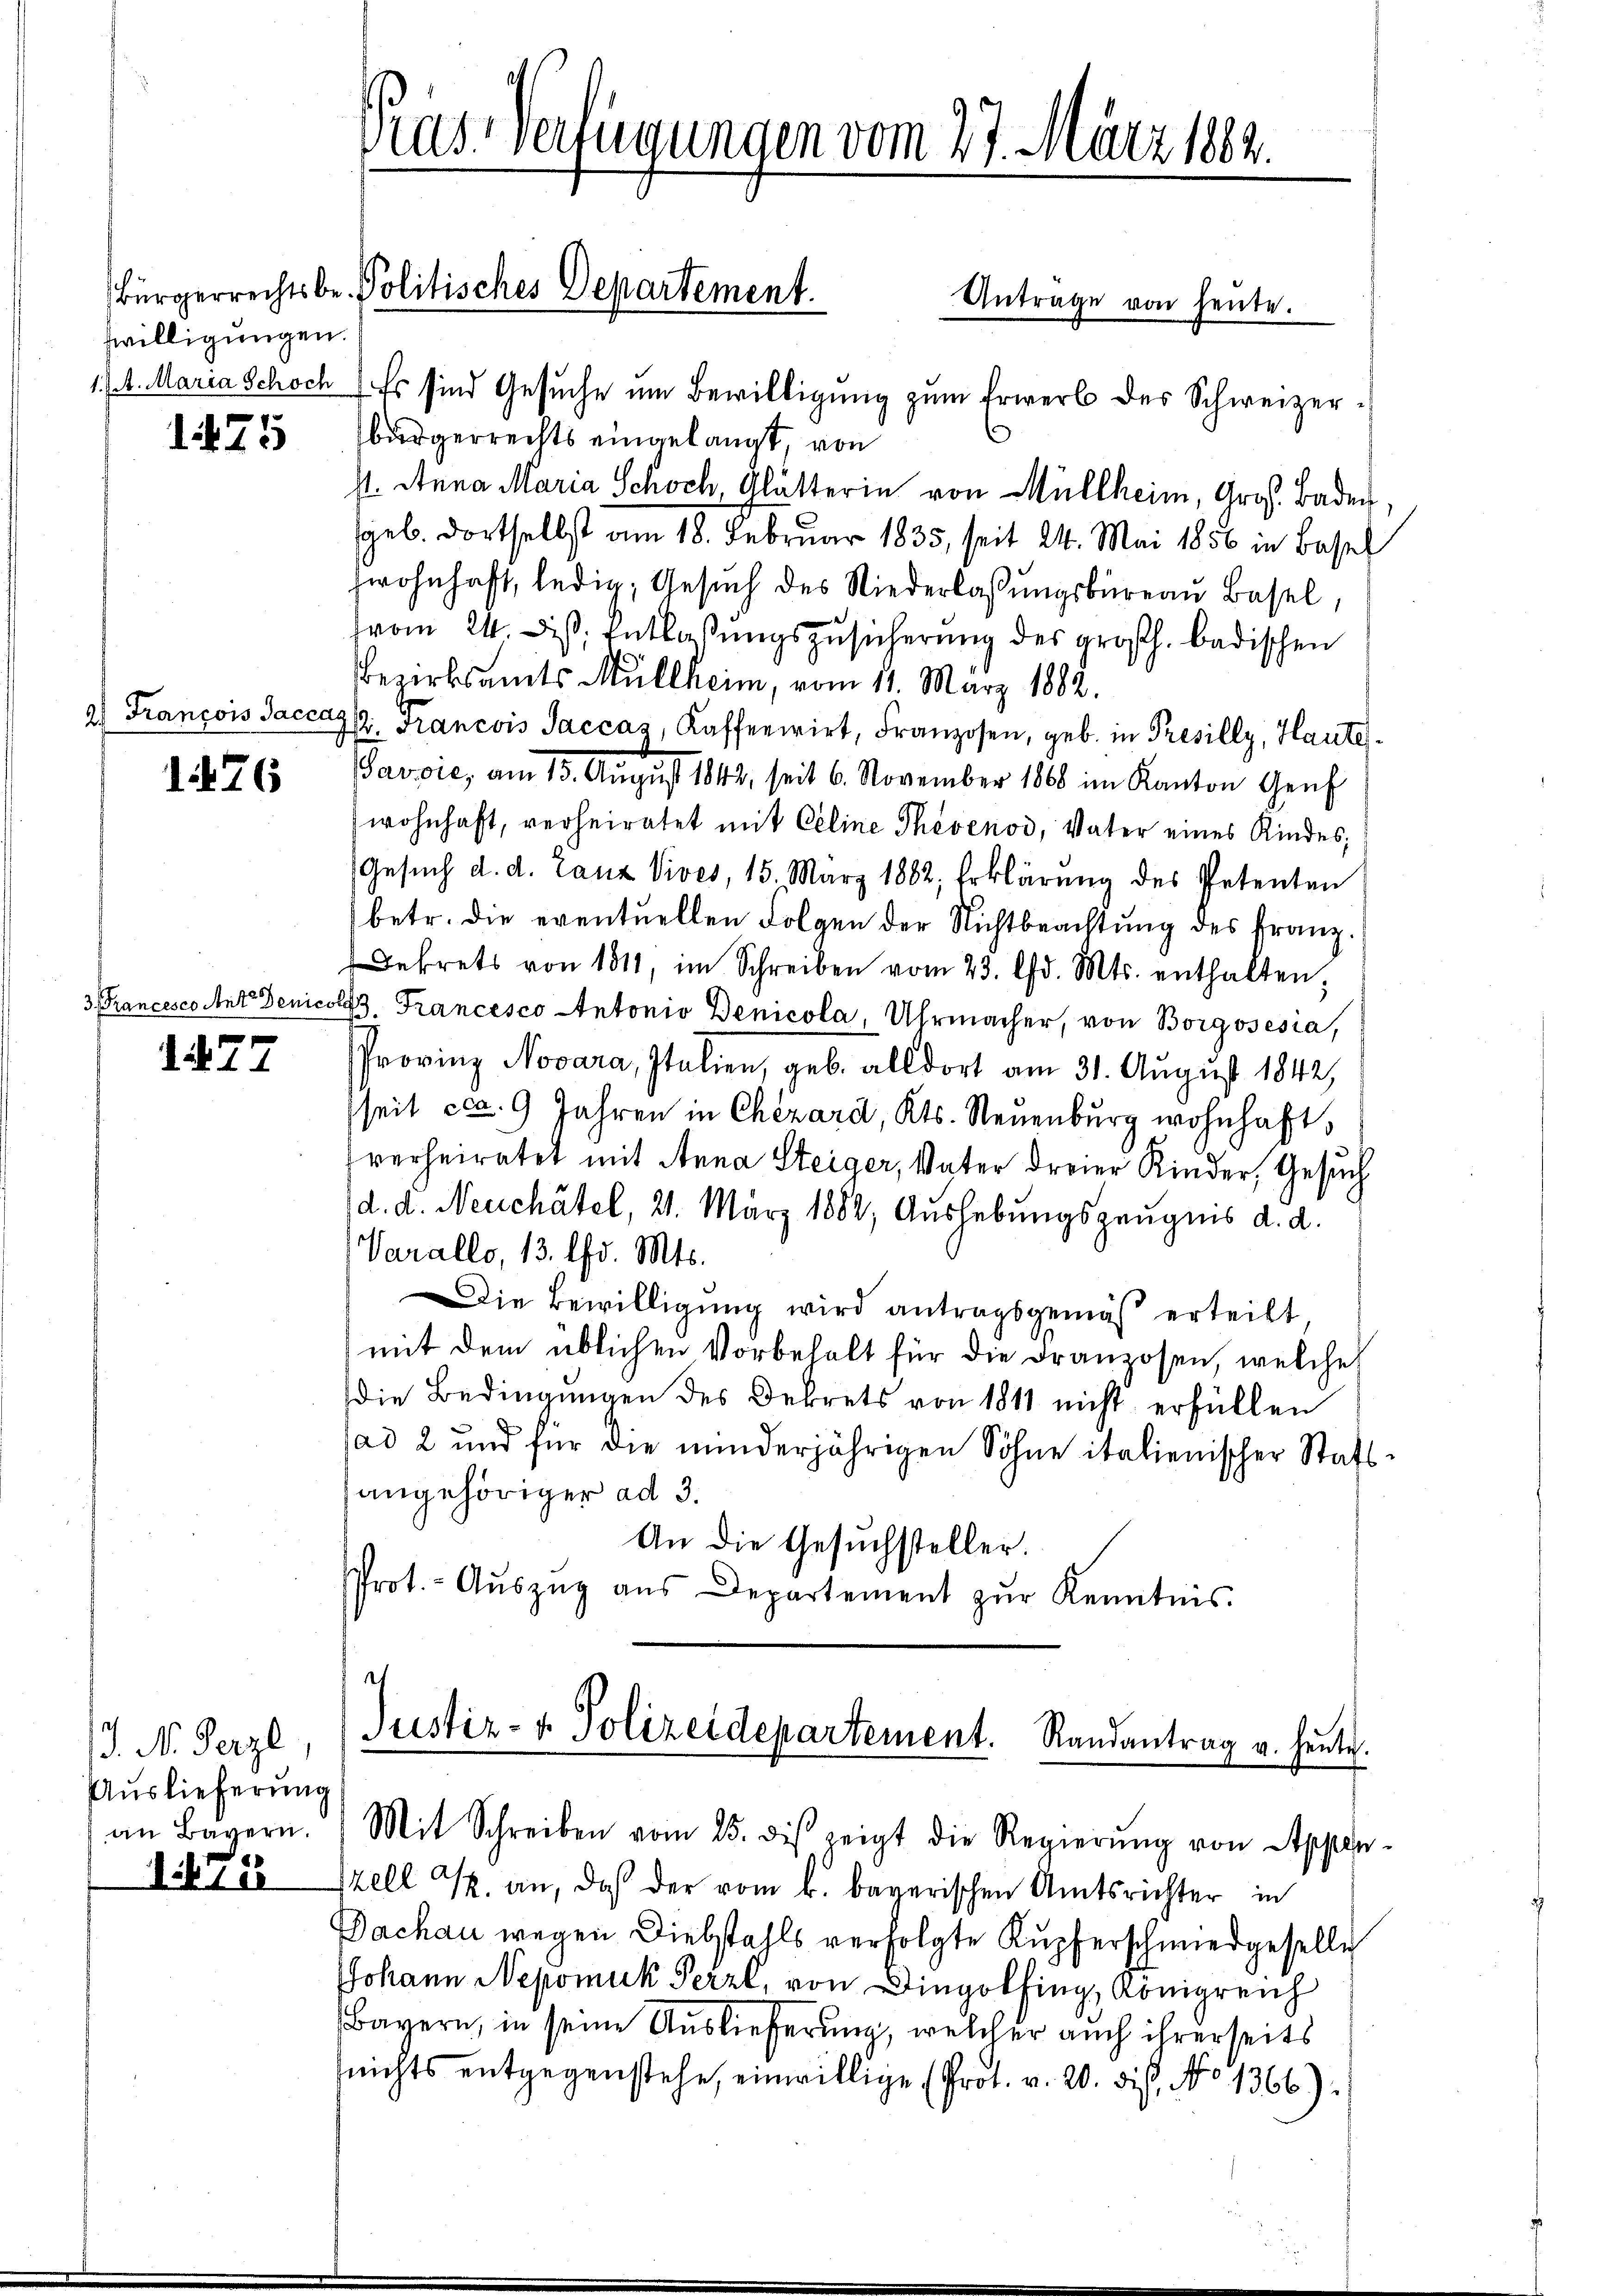
swilligungen.

1475

a) François Saccag

1476

177

. N. Herzl,
Auslieferung
an Bayern.

Nik. 10

Pras Verfügungen vom 27. März 1882.

Bürgerrechts be- Politisches Departement.
Antrage von heute.

1. 14. Maria Schoch. Es sind Gesuche um Bewilligung zum Erwerb des Schweizerbürgerrechts eingelangt, von
st. Anna Maria Schoch, Glätterin von Müllheim, Gros. Baden
sgeb. dortselbst am 18. Februar 1835, seit 24. Mai 1856 in Bassel
wohnhaft, ledig, Gesuch des Niederlassungsbureau Basel,
vom 24. Dist. Entlaßungszusicherung des großh. badischen
Bezirksamts Müllheim, vom 11. März 1882.
Pr. Francois Saccas, Kaffeewirt, Franzosen, geb. in Presilly, Haute
avoie, am 13. Aŭgŭst 1842, seit 6. November 1860 im Kanton Genf
wohnhaft, verheiratet mit Celine Thevenod, Vater eines Kindes;
Gesŭch d. d. Lanz Vives, 15. März 1882, Erklärŭng des Petenten
betr. die eventuellen Folgen der Nichtbeachtŭng des Franz.
Dekrets von 1811, im Schreiben vom 23. d. Mts. enthalten,
3 Francesco Ant. Denicolf, Francesco Antonio Denicola, Uhrmacher, von Borgosesia,
Provinz Novara, Italien, geb. alldort am 31. August 1842,
seit ca 9 Jahren in Chezard, Kts. Neuenburg wohnhaft,
verheiratet mit Anna Steiger, Vater dreier Kinder, Gesuch
d. d. Neuchâtel, 21. März 1882, Aushebungszeugnis d. d.
Varallo, 13. d. Mts.
Die Bewilligung wird antragsgemäß erteilt
mit dem üblichen Vorbehalt für die Franzosen, welche
die Bedingungen des Dekrets von 1811 nicht erfüllen
ad 2 und für die minderjährigen Söhne italienischer Stattangehöriger ad 3.
An die Gesuchsteller.
Prot.- Aŭszŭg aŭs Departement zŭr Kenntnis.

e
Justiz- & Polizeidepartement. Randantrag u. heute.
Mit Schreiben vom 25. des zeigt die Regierŭng von Appen-

szell u. an, daß der vom k. bayerischen Amtsrichter in
Dachan wegen Diebstahls verfolgte Kupferschmiedgeselle
Johann Nepomuk Pezzl, von Dingolfing, Königreich
Bayern, in seine Auslieferung, welcher auch ihrerseits
(nichts entgegenstehe, einwillige (Prot. v. 20. dis, No 1366):